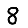
Digit: 8